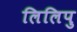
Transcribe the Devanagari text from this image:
लिलिपु